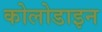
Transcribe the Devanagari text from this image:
कोलोडाइन